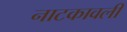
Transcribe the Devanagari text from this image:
नाटकावली